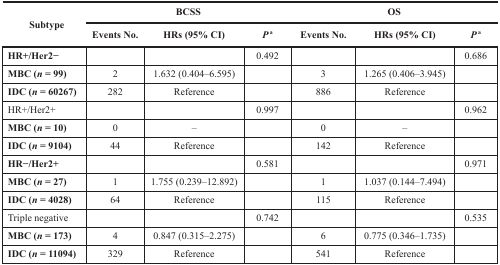
| <ROWSPAN=2> Subtype | <COLSPAN=3> BCSS | <COLSPAN=3> OS |
 | Events No. | HRs (95% CI) | Pa | Events No. | HRs (95% CI) | Pa |
 | --- | --- | --- | --- | --- | --- | --- |
 | HR+/Her2− |  |  | 0.492 |  |  | 0.686 |
 | MBC (n = 99) | 2 | 1.632 (0.404–6.595) |  | 3 | 1.265 (0.406–3.945) |  |
 | IDC (n = 60267) | 282 | Reference |  | 886 | Reference |  |
 | HR+/Her2+ |  |  | 0.997 |  |  | 0.962 |
 | MBC (n = 10) | 0 | – |  | 0 | – |  |
 | IDC (n = 9104) | 44 | Reference |  | 142 | Reference |  |
 | HR−/Her2+ |  |  | 0.581 |  |  | 0.971 |
 | MBC (n = 27) | 1 | 1.755 (0.239–12.892) |  | 1 | 1.037 (0.144–7.494) |  |
 | IDC (n = 4028) | 64 | Reference |  | 115 | Reference |  |
 | Triple negative |  |  | 0.742 |  |  | 0.535 |
 | MBC (n = 173) | 4 | 0.847 (0.315–2.275) |  | 6 | 0.775 (0.346–1.735) |  |
 | IDC (n = 11094) | 329 | Reference |  | 541 | Reference |  |